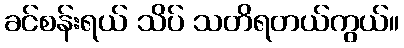
ခင်စန်းရယ် သိပ် သတိရတယ်ကွယ်။